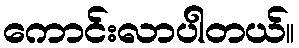
ကောင်းလာပါတယ်။